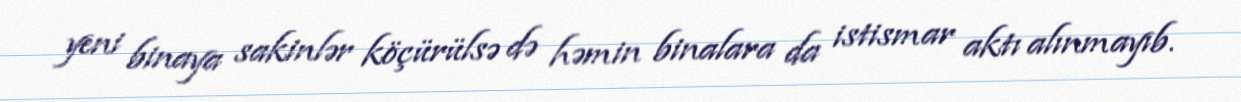
yeni binaya sakinlər köçürülsə də həmin binalara da istismar aktı alınmayıb.